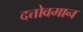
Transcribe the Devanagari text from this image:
दत्तोवमान